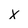
Character: x